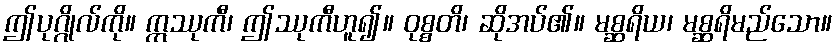
ဤပုဂ္ဂိုလ်ကို။ ဣဿုကီ၊ ဤဿုကီဟူ၍။ ဝုစ္စတိ၊ ဆိုအပ်၏။ မစ္ဆရိယ၊ မစ္ဆရိမည်သော။